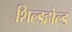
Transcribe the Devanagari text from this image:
शिल्डहोल्ड